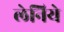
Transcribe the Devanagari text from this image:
लेनिये